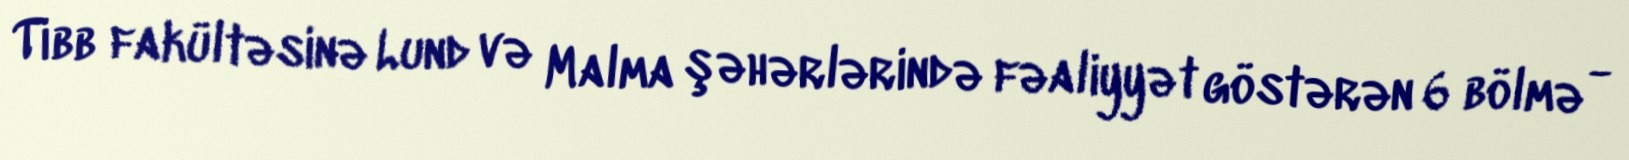
Tibb fakültəsinə Lund və Malma şəhərlərində fəaliyyət göstərən 6 bölmə -